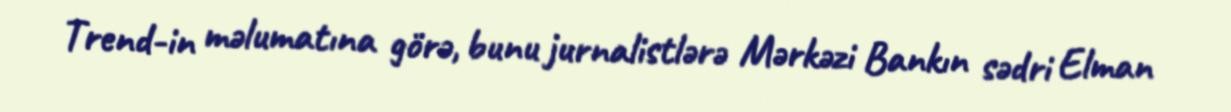
Trend-in məlumatına görə, bunu jurnalistlərə Mərkəzi Bankın sədri Elman